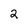
Character: 2